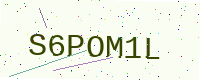
Text: S6POM1L